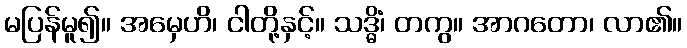
မပြန်မူ၍။ အမှေဟိ၊ ငါတို့နှင့်။ သဒ္ဓိံ၊ တကွ။ အာဂတော၊ လာ၏။